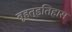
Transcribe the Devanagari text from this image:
बृहत्इतिहास